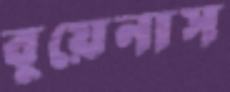
বুয়েনাস